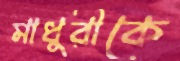
মাধুরীকে